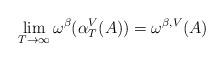
LaTeX: \begin{align*}\lim_{T\to\infty} \omega^\beta(\alpha^V_T(A)) =\omega^{\beta,V}(A)\end{align*}